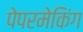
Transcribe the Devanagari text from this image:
पेपरमेकिंग